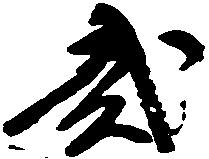
弐